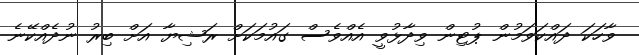
ވާހަކަ ދައްކަވަމުން ޕުޓިން ވިދާޅުވީ އެއްވެސް ގައުމަކަށް ރަޝިޔާ އަށް ބިރު ނުދެއްކޭނެ